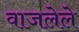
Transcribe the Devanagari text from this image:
वाजलेले